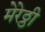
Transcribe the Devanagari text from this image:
मेरेठ्ठी